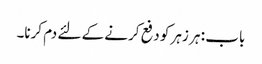
باب : ہر زہر کو دفع کرنے کے لئے دم کرنا۔